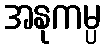
အနုကမ္ပ